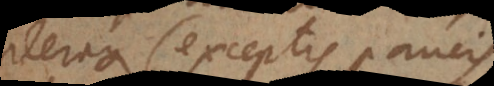
pleraque (exceptis paucis